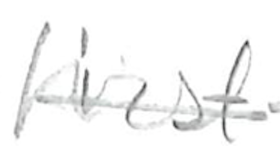
Text: first-
Cross-out: single-line
Writing tool: pencil